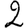
Digit: 2